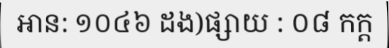
អាន: ១០៤៦ ដង)ផ្សាយ : ០៨ កក្ត